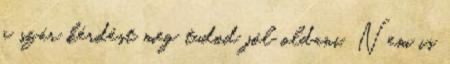
a szár kérdést meg tudod jól oldani. Nem is